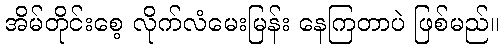
အိမ်တိုင်းစေ့ လိုက်လံမေးမြန်း နေကြတာပဲ ဖြစ်မည်။